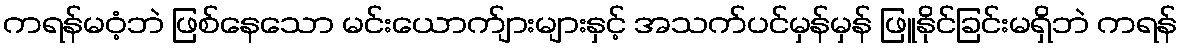
ကရန်မဝံ့ဘဲ ဖြစ်နေသော မင်းယောက်ျားများနှင့် အသက်ပင်မှန်မှန် ဖြူနိုင်ခြင်းမရှိဘဲ ကရန်